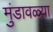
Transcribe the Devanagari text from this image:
मुंडावळ्या